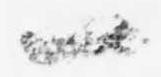
一